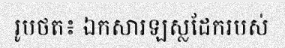
រូបថត៖ ឯកសារឡស្លដែករបស់